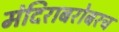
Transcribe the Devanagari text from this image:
मंदिराबरोबरच